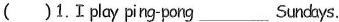
( )1.I play ping-pong ___ Sundays.